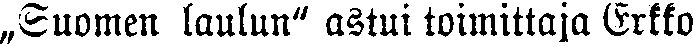
„Suomen laulun" astui toimittaja Erkko